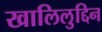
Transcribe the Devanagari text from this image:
खालिलुद्दिन